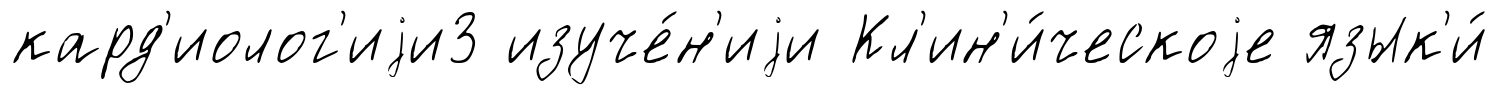
кард'иолог'иjи3 изуче́н'иjи Кл'ин'и́ческоjе язык'и́